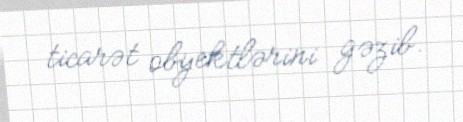
ticarət obyektlərini gəzib.